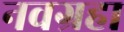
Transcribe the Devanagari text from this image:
नवग्रहा